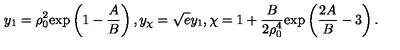
y _ { 1 } = \rho _ { 0 } ^ { 2 } \mathrm { e x p } \left( 1 - { \frac { A } { B } } \right) , y _ { \chi } = \sqrt { e } y _ { 1 } , \chi = 1 + { \frac { B } { 2 \rho _ { 0 } ^ { 4 } } } \mathrm { e x p } \left( { \frac { 2 A } { B } } - 3 \right) .